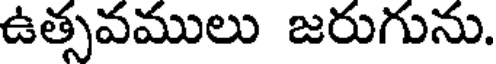
ఉత్సవములు జరుగును.